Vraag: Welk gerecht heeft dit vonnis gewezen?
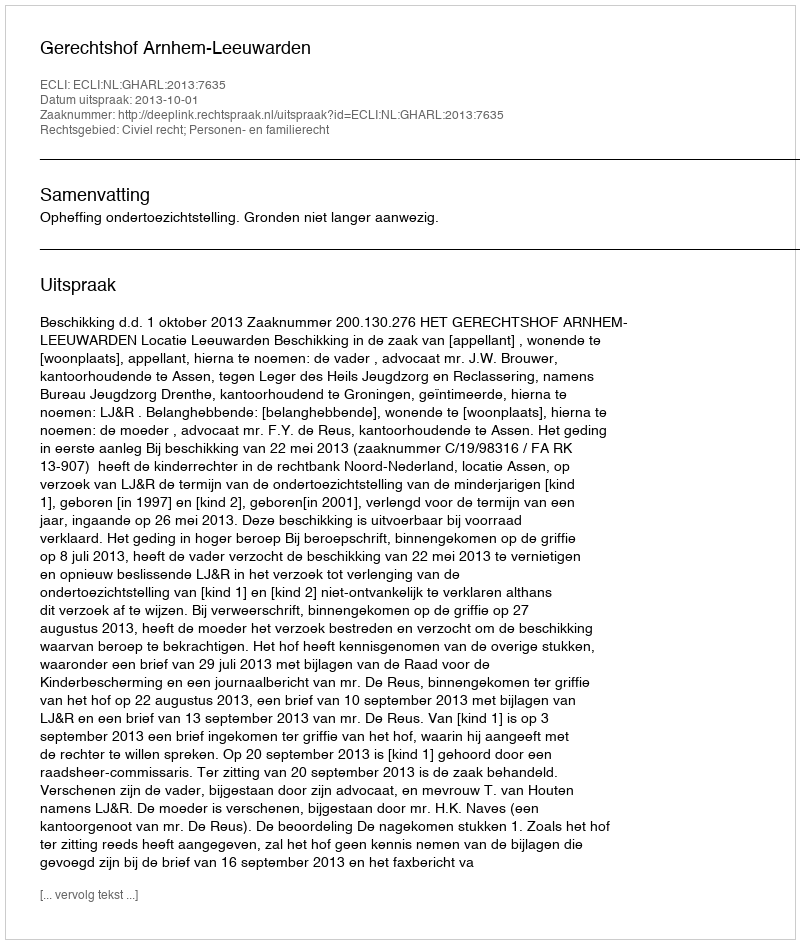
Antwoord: Gerechtshof Arnhem-Leeuwarden